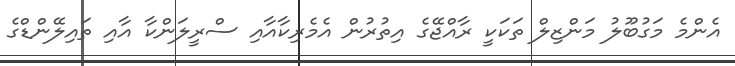
އެންމެ މަގުބޫލު މަންޒިލް ތަކަކީ ރާއްޖޭގެ އިތުރުން އެމެރިކާއާއި ސްރީލަންކާ އާއި ތައިލޭންޑްގެ